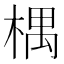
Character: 𣕃